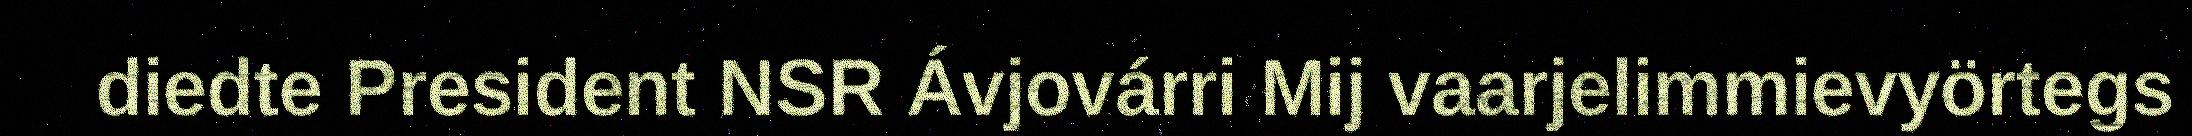
diedte President NSR Ávjovárri Mij vaarjelimmievyörtegs